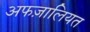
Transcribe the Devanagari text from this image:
अफज़ालियत